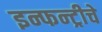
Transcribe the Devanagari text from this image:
इन्फन्ट्रीचे